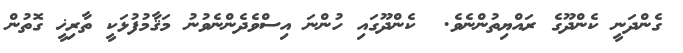
ގެންދަނީ ކެންދޫގެ ރައްޔިތުންނެވެ.  ކެންދޫގައި ހުންނަ އިސްވެދެންނެވުނު މަޤާމުފުޅަކީ ތާރިޚީ ގޮތުން